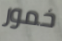
خمور